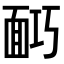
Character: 𩈎